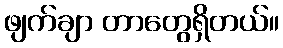
ဖျက်ချာ တာတွေရှိတယ်။